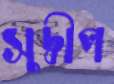
সুদ্বীপ